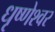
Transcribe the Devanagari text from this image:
धृष्णेश्वर